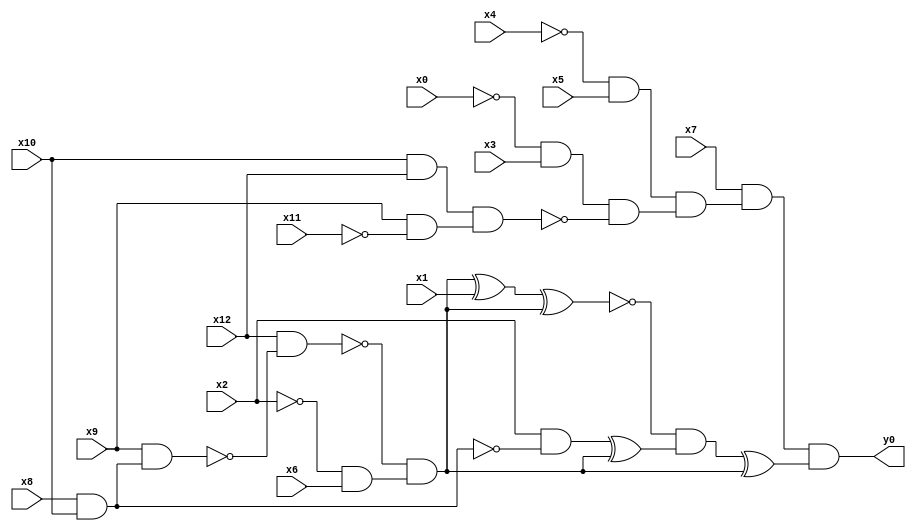
module top( x0 , x1 , x2 , x3 , x4 , x5 , x6 , x7 , x8 , x9 , x10 , x11 , x12 , y0 );
  input x0 , x1 , x2 , x3 , x4 , x5 , x6 , x7 , x8 , x9 , x10 , x11 , x12 ;
  output y0 ;
  wire n14 , n15 , n16 , n17 , n18 , n19 , n20 , n21 , n22 , n23 , n24 , n25 , n26 , n27 , n28 , n29 , n30 , n31 , n32 , n33 ;
  assign n14 = ~x4 & x5 ;
  assign n15 = ~x0 & x3 ;
  assign n16 = x10 & x12 ;
  assign n17 = x9 & ~x11 ;
  assign n18 = n16 & n17 ;
  assign n19 = n15 & ~n18 ;
  assign n20 = n14 & n19 ;
  assign n21 = x7 & n20 ;
  assign n22 = x8 & x10 ;
  assign n23 = x9 & n22 ;
  assign n24 = x12 & ~n23 ;
  assign n25 = ~x2 & x6 ;
  assign n26 = ~n24 & n25 ;
  assign n27 = n26 ^ x1 ;
  assign n28 = n27 ^ n26 ;
  assign n29 = x2 & ~n22 ;
  assign n30 = n29 ^ n26 ;
  assign n31 = ~n28 & n30 ;
  assign n32 = n31 ^ n26 ;
  assign n33 = n21 & n32 ;
  assign y0 = n33 ;
endmodule